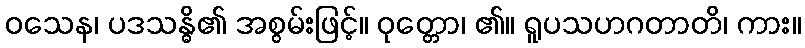
ဝသေန၊ ပဒသန္ဓိ၏ အစွမ်းဖြင့်။ ဝုတ္တော၊ ၏။ ရူပသဟဂတာတိ၊ ကား။